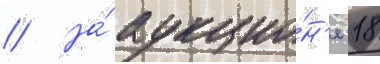
// На́ аукцио́н'е 18